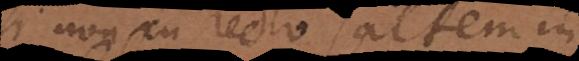
si non in recto saltem in